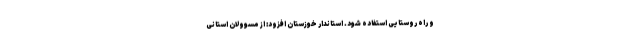
و راه روستایی استفاده شود. استاندار خوزستان افزود: از مسوولان استانی